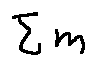
\sum m